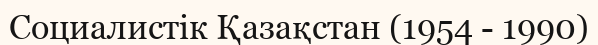
Социалистік Қазақстан (1954 - 1990)